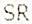
SR